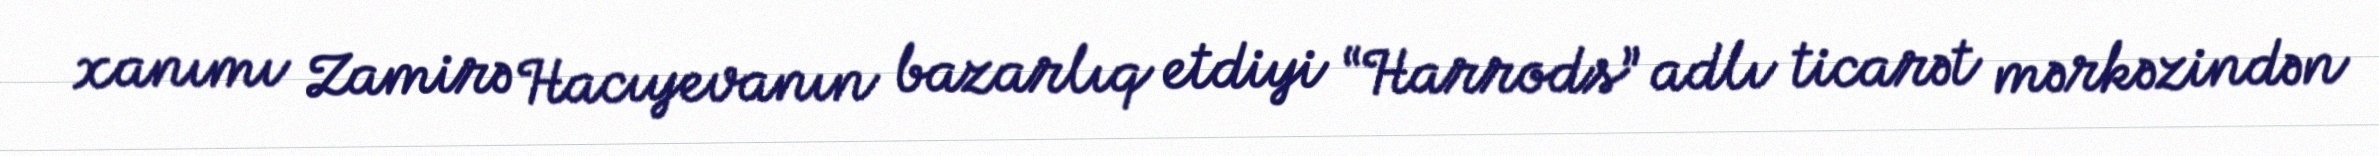
xanımı Zamirə Hacıyevanın bazarlıq etdiyi “Harrods” adlı ticarət mərkəzindən